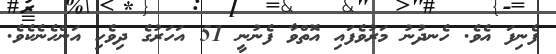
ފެނިފަ އެވެ. ހެނދުނު މަރުވެފައި އޮތްވާ ފެނުނީ 51 އަހަރުގެ ދިވެހި އަންހެނެކެވެ.